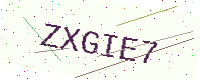
Text: ZXGIE7